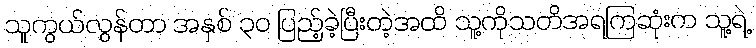
သူကွယ်လွန်တာ အနှစ် ၃၀ ပြည့်ခဲ့ပြီးတဲ့အထိ သူ့ကိုသတိအရကြဆုံးက သူ့ရဲ့